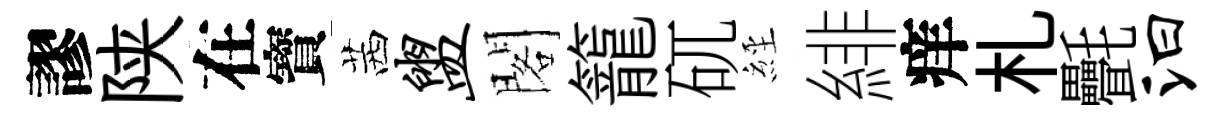
謬陕在寳茜盥閣籠矹𦀇緋痒札㲲汩